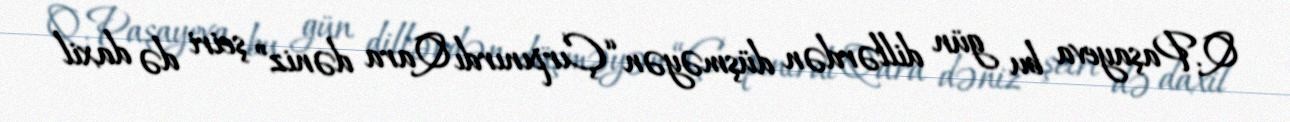
Q.Paşayeva bu gün dillərdən düşməyən “Çırpınırdı Qara dəniz” şeiri də daxil